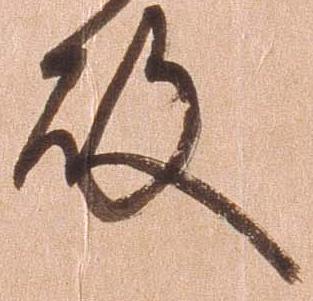
殿